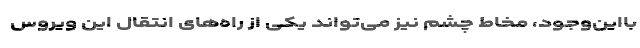
بااین‌وجود، مخاط چشم نیز می‌تواند یکی از راه‌های انتقال این ویروس